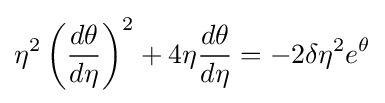
\eta ^{2}\left({\frac {d\theta }{d\eta }}\right)^{2}+4\eta {\frac {d\theta }{d\eta }}=-2\delta \eta ^{2}e^{\theta }